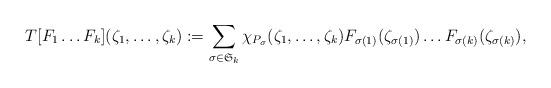
LaTeX: \begin{align*}T[F_1\dots F_k](\zeta_1,\dots,\zeta_k):=\sum_{\sigma\in\mathfrak{S}_k}\chi_{P_\sigma}(\zeta_1,\dots,\zeta_k)F_{\sigma(1)}(\zeta_{\sigma(1)})\dots F_{\sigma(k)}(\zeta_{\sigma(k)}),\end{align*}